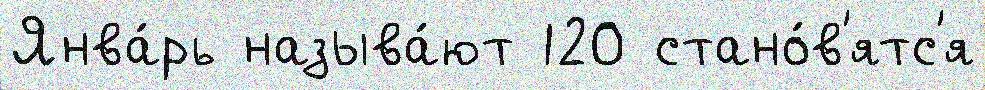
Янва́рь называ́ют 120 стано́в'ятс'я